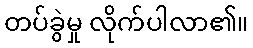
တပ်ခွဲမှု လိုက်ပါလာ၏။